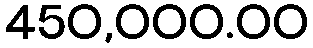
450,000.00